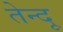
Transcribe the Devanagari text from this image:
तेन्दू